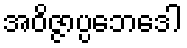
အဝိဇ္ဇာပ္ပဘေဒေါ